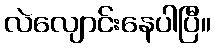
လဲလျောင်းနေပါပြီ။